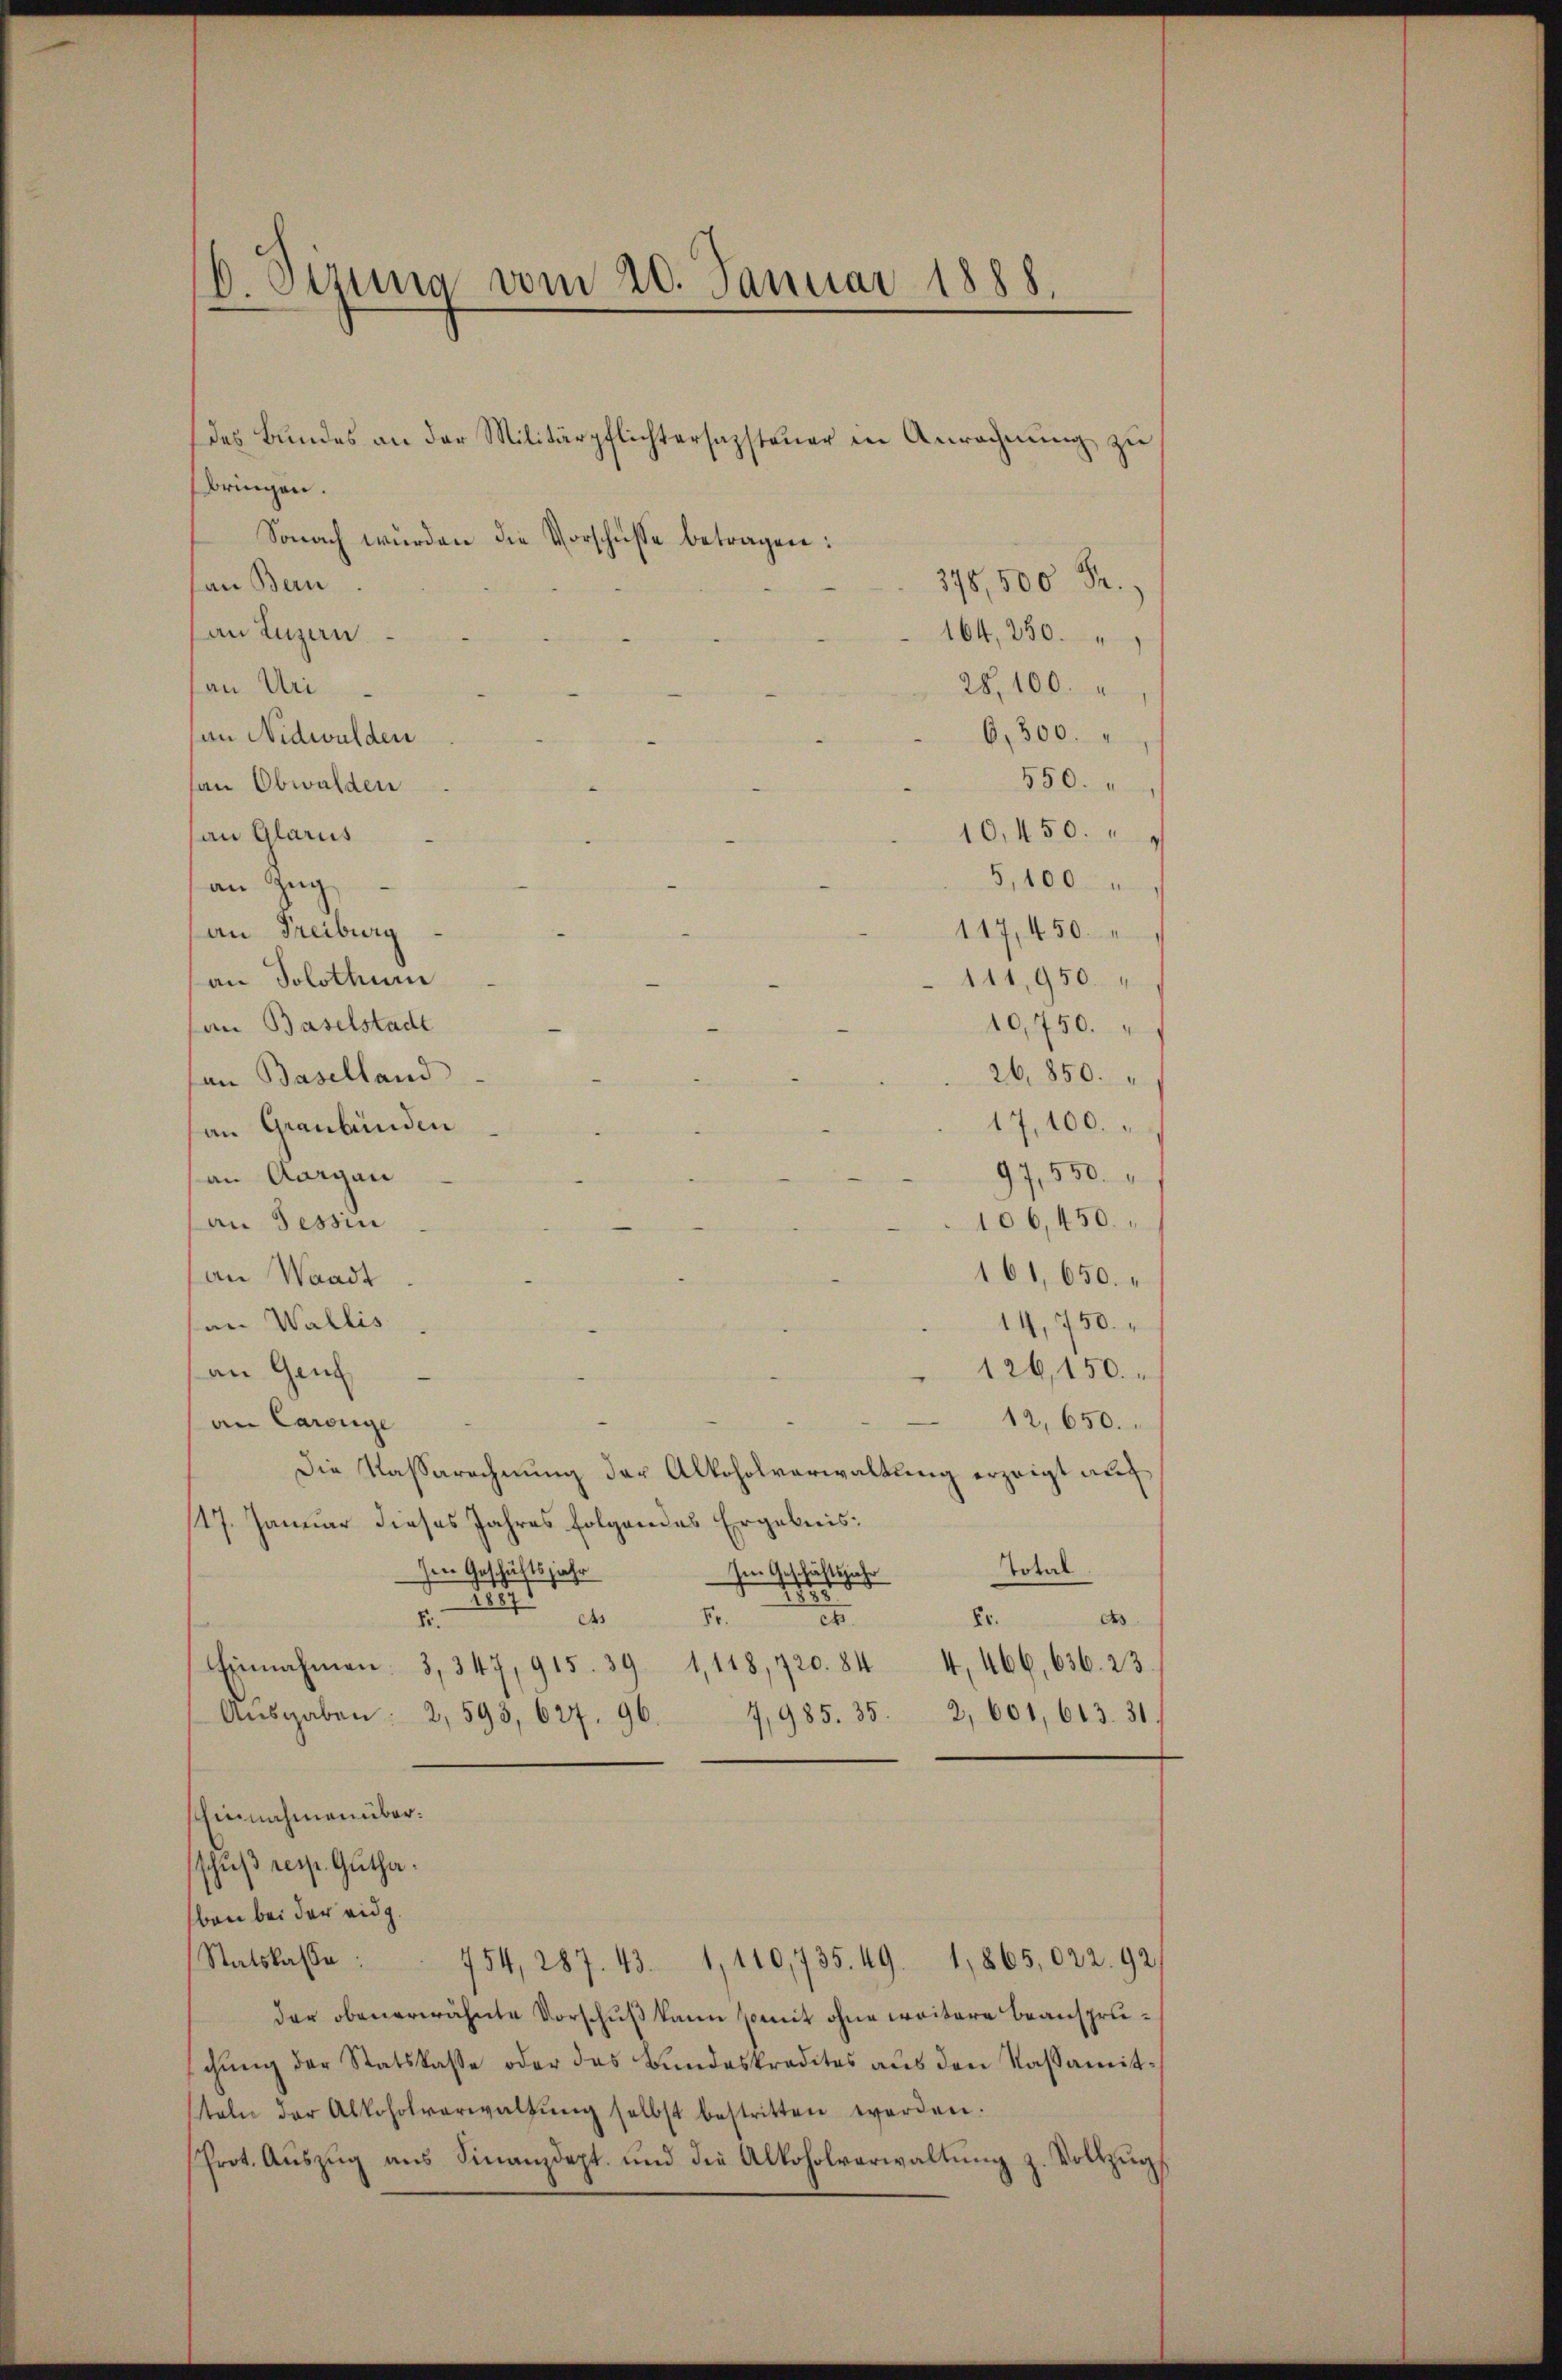
6 Sima vom 20. Januar 1888,

des Bŭndes an der Militärpflichtersagsteŭer in Anrechnŭng zu
bringen.
Sonach wurden die Vorschüsse betragen:
376,500 Fr.
san Bern
an Luzern.
164, 230.
28,100.
an Uri
6,300.
an Nidwalden
550.
an Obwalden
10,450.
an Glarus
5,100
an Zug
an Freiburg
117, 450.
111,950.
an Solothur
an Baselstadt
10,750.
26,850.
an Baselland
17,100.
an Graubünden
97,550.
an Aargau
106,450.
an Tessin
161, 650.
an Waadt
14,750.
an Wallis
126,150.
an Genf
12,650.
an Carolige
Die Kassarechnung der Alkoholverwaltung erzeigt auf
17. Januar dieses Jahres folgendes Ergebnis:
 Im Geschäftsjahr
Im Geschäftsjahr Total.
Er.
e
As
8.
4, 466, 636. 23.
Einnahmen. 3, 347, 915. 39. 1,118, 720. 84
Aŭsgaben: 2,593, 627. 96.
4,985. 35. 2, 601, 613. 31
1
Einnahmen über.
schuß resp. Gutha.
ben bei der eidg.
Statskasse
754, 287. 43. 1,110,735. 49. 1865,022. 92
der obenerwähnte Vorschuß kann somit ohne weitere Beanspruschŭng der Statskasse oder das Bundeskredites aŭs den Kassamitteln der Alkoholverwaltŭng selbst bestritten worden.
Prot. Aŭszŭg aŭs Finanzdept. und die Alkoholverwaltŭng z. Vollzŭgs